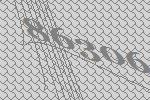
86306